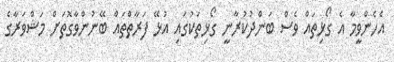
އެހެންވީމާ އެ ގޯޅިތައް ވެސް ބަންދުކުރާނީ ގޯޅިތަކުގައި އުޅޭ ފަރާތްތަައް ބޭނުންވާގޮތަށް މަޝްވަރާގެ